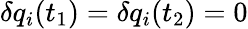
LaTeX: \delta q_{i}(t_{1})=\delta q_{i}(t_{2})=0